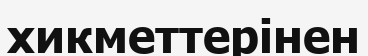
хикметтерінен